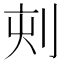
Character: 𠜇